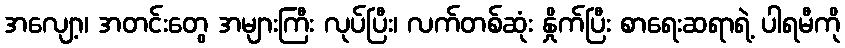
အလျော့၊ အတင်းတွေ အများကြီး လုပ်ပြီး၊ လက်တစ်ဆုံး နှိုက်ပြီး စာရေးဆရာရဲ့ ပါရမီကို